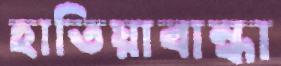
হাতিয়াবান্ধা